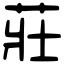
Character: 莊